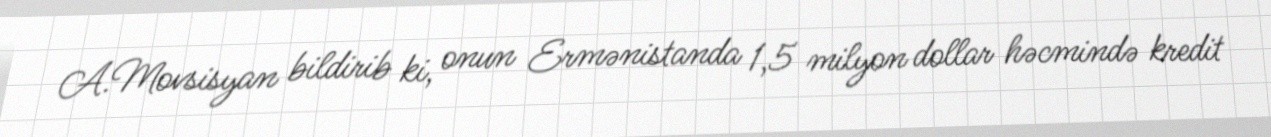
A.Movsisyan bildirib ki, onun Ermənistanda 1,5 milyon dollar həcmində kredit